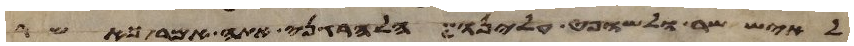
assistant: לאיש שר ולשופט עלינו הלהרגני אתה אמר כאשר